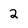
Character: 2